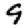
Digit: 9